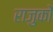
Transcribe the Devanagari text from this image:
राजुकों